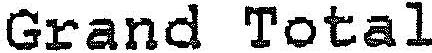
GRAND TOTAL